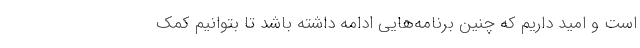
است و امید داریم که چنین برنامه‌هایی ادامه داشته باشد تا بتوانیم کمک